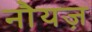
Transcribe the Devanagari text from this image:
नौयज़